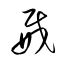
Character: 威